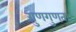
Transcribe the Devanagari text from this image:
गुणगुणता